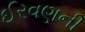
ઈરવણની